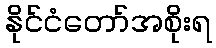
နိုင်ငံတော်အစိုးရ